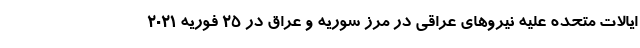
ایالات متحده علیه نیروهای عراقی در مرز سوریه و عراق در ۲۵ فوریه ۲۰۲۱